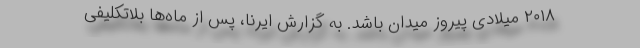
۲۰۱۸ میلادی پیروز میدان باشد. به گزارش ایرنا، پس از ماه‌ها بلاتکلیفی